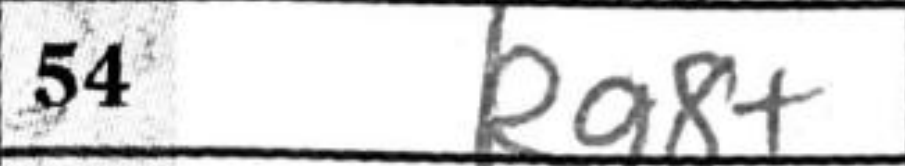
Transcription: Rg8+